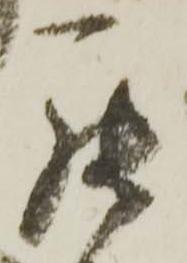
罷